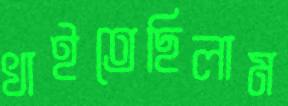
খাইতেছিলাম